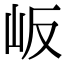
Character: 岅